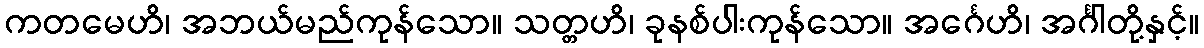
ကတမေဟိ၊ အဘယ်မည်ကုန်သော။ သတ္တဟိ၊ ခုနစ်ပါးကုန်သော။ အင်္ဂေဟိ၊ အင်္ဂါတို့နှင့်။